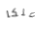
ملكا